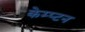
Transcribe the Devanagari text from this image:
केम्प्टन